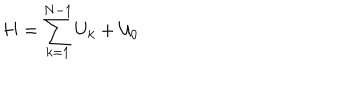
LaTeX: H = \sum _ { k = 1 } ^ { N - 1 } U _ { k } + { \cal U } _ { 0 }